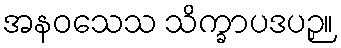
အနဝသေသ သိက္ခာပဒပဉှ။